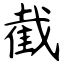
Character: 截